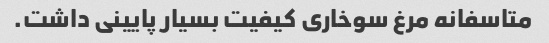
متاسفانه مرغ سوخاری کیفیت بسیار پایینی داشت.